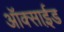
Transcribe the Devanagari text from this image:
ऑक्साई़ड